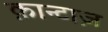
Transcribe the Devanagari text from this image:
क़ान्टाज़